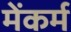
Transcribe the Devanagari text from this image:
मेंकर्म